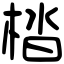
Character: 㭼